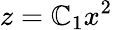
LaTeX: z=\mathbb{C}_{1}x^{2}